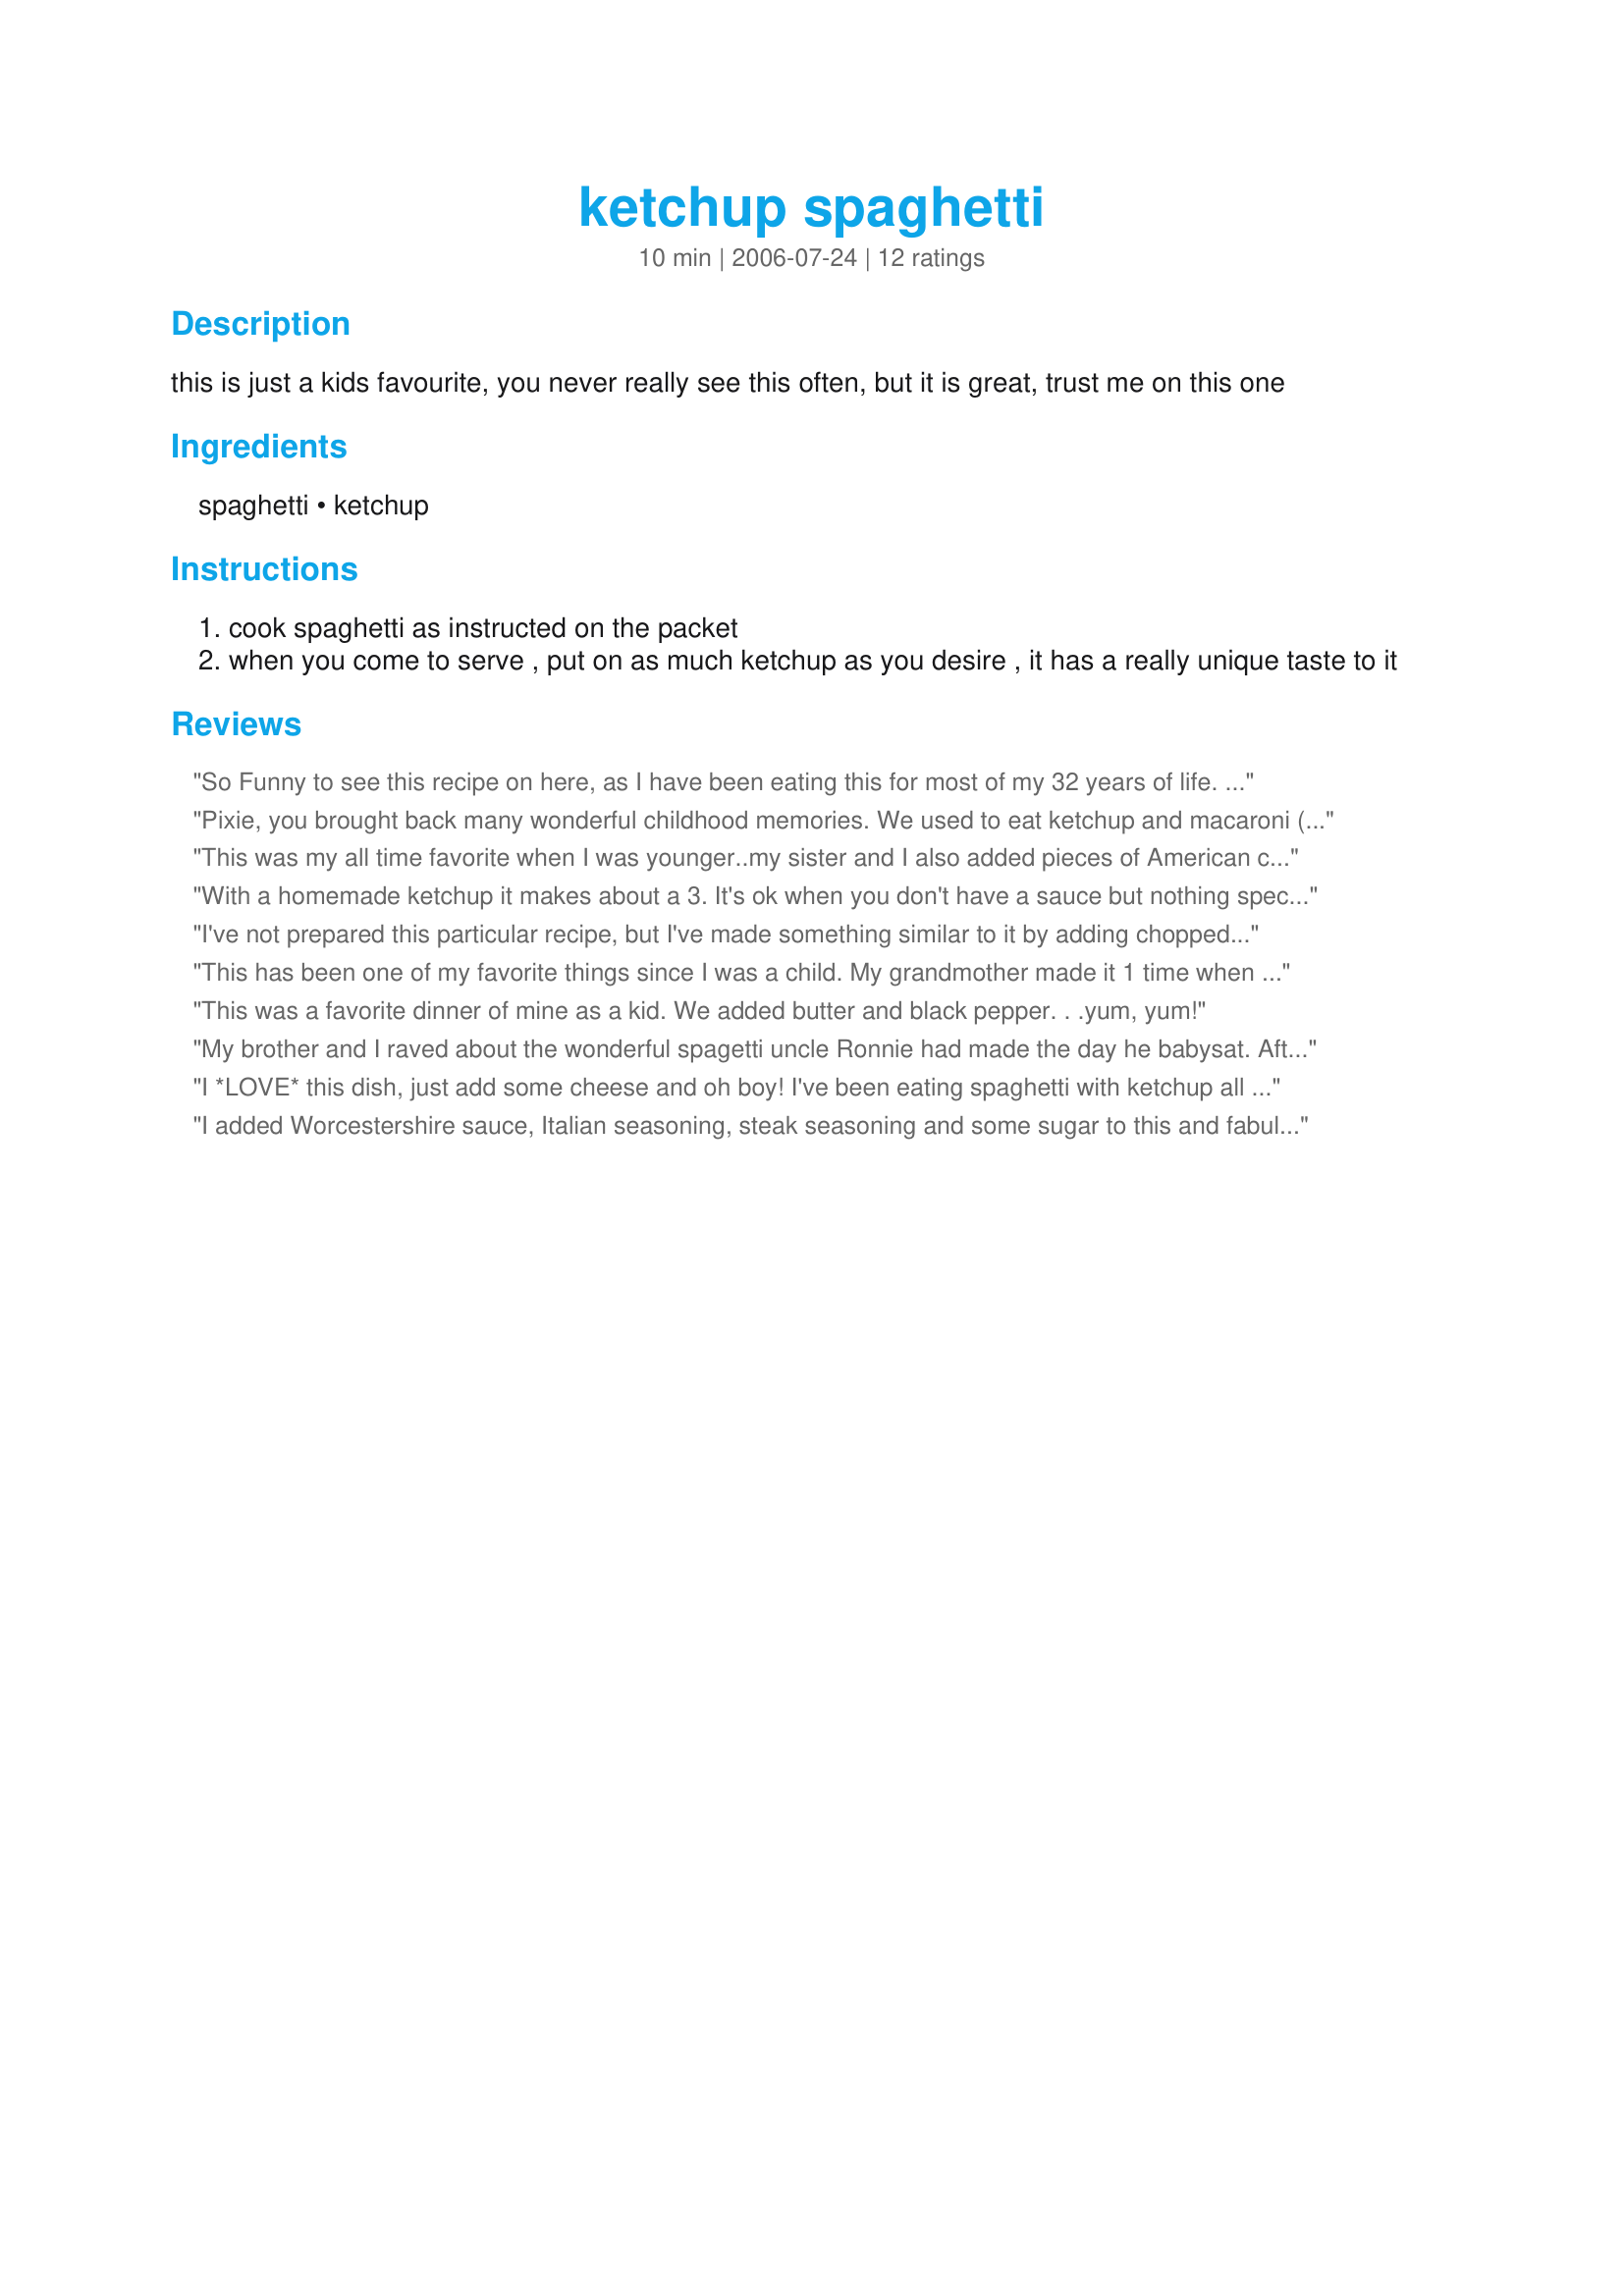
ketchup spaghetti
Preparation time: 10 minutes

this is just a kids favourite, you never really see this often, but it is great, trust me on this one

Ingredients:
spaghetti, ketchup

Steps:
cook spaghetti as instructed on the packet
when you come to serve , put on as much ketchup as you desire , it has a really unique taste to it

Reviews:
So Funny to see this recipe on here, as I have been eating this for most of my 32 years of life. I use elbow macaroni instead of spaghetti, but the same great tate nonetheless. Ive coined this dish "Spaghetto" , cause this is how we do it in the hood, lol.

Truly a must try if yo never have
Pixie, you brought back many wonderful childhood memories. We used to eat ketchup and macaroni (elbow) noodles all the time. I still love it, just haven't had it in years. My husband thinks I'm a little nuts because I always refer to it as an "old family recipe." Sue
This was my all time favorite when I was younger..my sister and I also added pieces of American cheese (Kraft American--the yellow kind)..it was simple and tasty.
With a homemade ketchup it makes about a 3. It's ok when you don't have a sauce but nothing special. With store bought ketchup like Heinz? It's a one. Commercial ketchup is not a good mix with spaghetti noodles.
I've not prepared this particular recipe, but I've made something similar to it by adding chopped ham and staple seasonings. It's one of my family's all time favorite, from my 21 yr. old down to my 3 yr. old....It's what one would refer to as good ol' comfort food.
This has been one of my favorite things since I was a child. My grandmother made it 1 time when we were out of pasta sauce and I have loved it ever since! I add a little butter to it though.
This was a favorite dinner of mine as a kid. We added butter and black pepper. . .yum, yum!
My brother and I raved about the wonderful spagetti uncle Ronnie had made the day he babysat. After much encouragement from us my mom finally asked uncle for the recipe.My mom always made a nice hearty homemade sauce and we still laugh that us kids perferred ketchup.
I *LOVE* this dish, just add some cheese and oh boy! I've been eating spaghetti with ketchup all day! :D
I added Worcestershire sauce, Italian seasoning, steak seasoning and some sugar to this and fabuloso with linguine
I guess I am the major minority of the group here but I thought this was awful. Way too sweet with the ketchup. I remember when I was a kid my dad made this for dinner because he ran out of tomato sauce and called it "tomato surprise." It was a surprise alright. To each his own I guess.
I grew up on this as a lunch snack - but I also added a lot of shredded cheese too. Yum. Tell people of this and they look at you as if you were crazy or something. My husband won't even humor me by looking at it let alone tasting it.
